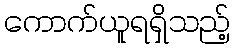
ကောက်ယူရရှိသည့်